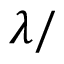
\d \lambda / \d t